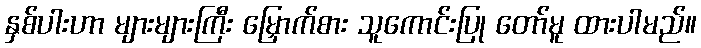
နှစ်ပါးဟာ များများကြီး မြှောက်စား သူကောင်းပြု တော်မူ ထားပါမည်။